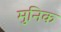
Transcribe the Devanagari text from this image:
मुनिक